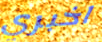
اخبري